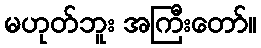
မဟုတ်ဘူး အကြီးတော်။